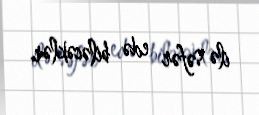
ilə səfər edə biləcəklər.